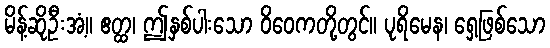
မိန့်ဆိုဦးအံ့။ ဧတ္ထ၊ ဤနှစ်ပါးသော ဝိဝေကတို့တွင်။ ပုရိမေန၊ ရှေ့ဖြစ်သော